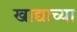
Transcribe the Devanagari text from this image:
खाद्याच्या